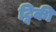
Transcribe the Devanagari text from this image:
ट्विकी